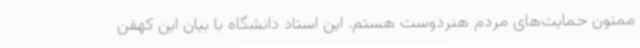
ممنون حمایت‌های مردم هنردوست هستم. این استاد دانشگاه با بیان این کهفن